Lunatic asylums Central Provinces reports 1886-1894 - 1886-1894
Year: 1886
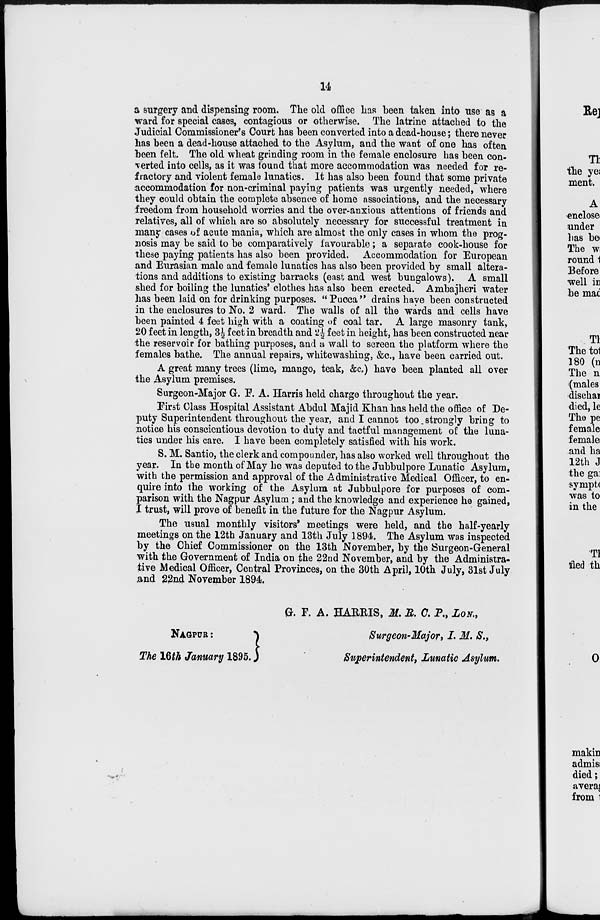
14
a surgery and dispensing room. The old office has been taken into use as a
ward for special cases, contagious or otherwise. The latrine attached to the
Judicial Commissioner's Court has been converted into a dead-house; there never
has been a dead-house attached to the Asylum, and the want of one has often
been felt The old wheat grinding room in the female enclosure has been con-
verted into cells, as it was found that more accommodation was needed for re-
fractory and violent female lunatics. It has also been found that some private
accommodation for non-criminal paying patients was urgently needed, where
they could obtain the complete absence of home associations, and the necessary
freedom from household worries and the over-anxious attentions of friends and
relatives, all of which are so absolutely necessary for successful treatment in
many cases of acute mania, which are almost the only cases in whom the prog-
nosis may be said to be comparatively favourable; a separate cook-house for
these paying patients has also been provided. Accommodation for European
and Eurasian male and female lunatics has also been provided by small altera-
tions and additions to existing barracks (east and west bungalows). A small
shed for boiling the lunatics' clothes has also been erected. Ambajheri water
has been laid on for drinking purposes. "Pucca" drains have been constructed
in the enclosures to No. 2 ward. The walls of all the wards and cells have
been painted 4 feet high with a coating of coal tar. A large masonry tank,
20 feet in length, 3½ feet in breadth and 2½ feet in height, has been constructed near
the reservoir for bathing purposes, and a wall to screen the platform where the
females bathe. The annual repairs, whitewashing, &c., have been carried out.
A great many trees (lime, mango, teak, &c.) have been planted all over
the Asylum premises.
Surgeon-Major G. F. A. Harris held charge throughout the year.
First Class Hospital Assistant Abdul Majid Khan has held the office of De-
puty Superintendent throughout the year, and I cannot too strongly bring to
notice his conscientious devotion to duty and tactful management of the luna-
tics under his care. I have been completely satisfied with his work.
S. M. Santio, the clerk and compounder, has also worked well throughout the
year. In the month of May he was deputed to the Jubbulpore Lunatic Asylum,
with the permission and approval of the Administrative Medical Officer, to en-
quire into the working of the Asylum at Jubbulpore for purposes of com-
parison with the Nagpur Asylum ; and the knowledge and experience he gained,
I trust, will prove of benefit in the future for the Nagpur Asylum.
The usual monthly visitors' meetings were held, and the half-yearly
meetings on the 12th January and 13th July 1894. The Asylum was inspected
by the Chief Commissioner on the 13th November, by the Surgeon-General
with the Government of India on the 22nd November, and by the Administra-
tive Medical Officer, Central Provinces, on the 30th April, 10th July, 31st July
and 22nd November 1894.
NAGPUR :
The 16th January 1895.
G. F. A. HARRIS, M. R. C. P., LON.,
Surgeon-Major, I. M. S.,
Superintendent, Lunatic Asylum.